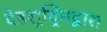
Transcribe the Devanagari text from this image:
देहशुद्धिद्वारा